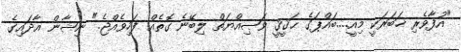
"އުފާވެރި ޚަބަރަކީ މިއީ....ބައްޕަގެ ޙަޤީޤީ ވަޞިއްޔަތް ލިބޭނެ ގޮތެއް ފަހިވެއްޖެ." ނިޝާން އާދައިގެ